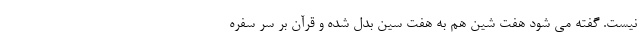
نیست. گفته می شود هفت شین هم به هفت سین بدل شده و قرآن بر سر سفره